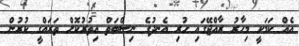
އެއް ކަމަކީ މިހާރު ރާއްޖޭގައި ހުރި އެނދުގެ ނިސްބަތް އިތުރުކޮށް ތަރައްގީ ކުރުން